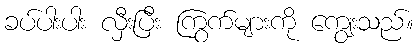
ခပ်ပါးပါး လှီးပြီး ကြွက်များကို ကျွေးသည်။